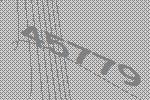
45779